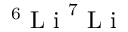
{ ^ 6 } \mathrm { ~ L ~ i ~ } ^ { 7 } \mathrm { ~ L ~ i ~ }